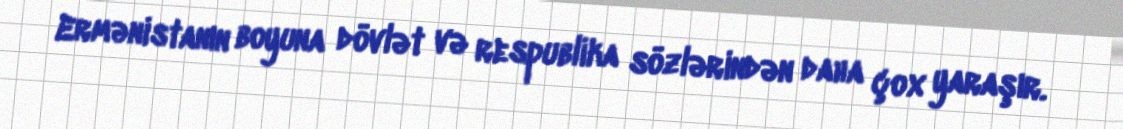
Ermənistanın boyuna dövlət və respublika sözlərindən daha çox yaraşır.